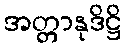
အတ္တာနုဒိဋ္ဌိ